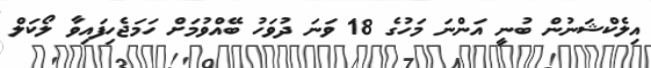
އިލެކްޝަނުން ބުނީ އަންނަ މަހުގެ 18 ވަނަ ދުވަހު ބޭއްވުމަށް ހަމަޖެހިފައިވާ ލޯކަލް